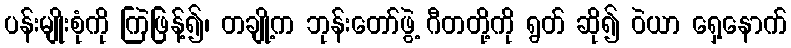
ပန်းမျိုးစုံကို ကြဲဖြန့်၍၊ တချို့က ဘုန်းတော်ဖွဲ့ ဂီတတို့ကို ရွတ် ဆို၍ ဝဲယာ ရှေ့နောက်